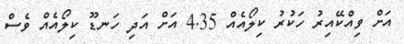
އަށް ވިއްކޭއިރު ހަކުރު ކިލޯއެއް 4.35 އަށް އަދި ހަނޑޫ ކިލޯއެއް ވެސް